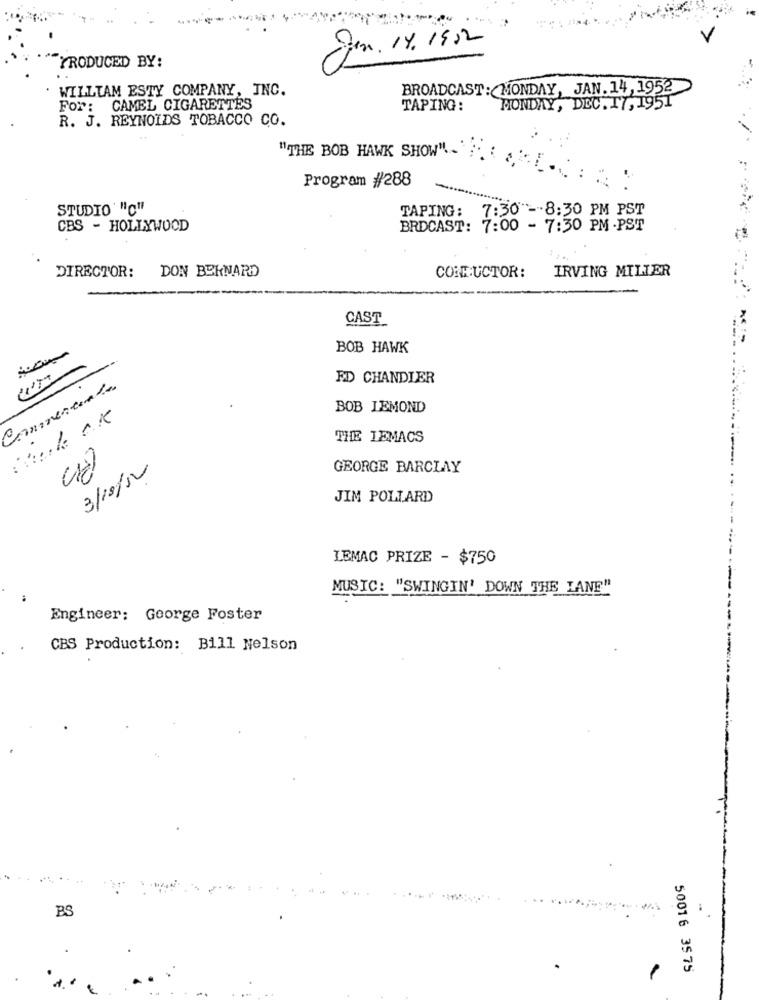
gen. 14.1952
PRODUCED BY:
WILLIAM ESTY COMPANY, INC.
BROADCAST: MONDAY, JAN. 14, 1952
For: CAMEL CIGARETTES
TAPING:
MONDAY, DEC.17, 1951
R. J. REYNOLDS TOBACCO CO.
"THE BOB HAWK SHOW"-
Program #288
STUDIO "C"
TAPING: 7:30 -- 8:30 PM PST
CBS - HOLLYWOOD
BRDCAST: 7:00 - 7:30 PM -PST
DIRECTOR: DON BERNARD
IRVING MILLER
CONDUCTOR:
CAST
BOB HAWK
ED CHANDLER
Cominerente
BOB LEMOND
THE LEMACS
3/18/10
GEORGE BARCLAY
JIM POLLARD
LEMAC PRIZE - $750
MUSIC: "SWINGIN' DOWN THE LANE"
Engineer: George Foster
CBS Production: Bill Nelson
BS
50016 35 75